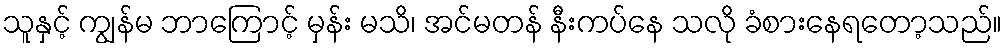
သူနှင့် ကျွန်မ ဘာကြောင့် မှန်း မသိ၊ အင်မတန် နီးကပ်နေ သလို ခံစားနေရတော့သည်။